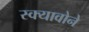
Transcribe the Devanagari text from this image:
स्क्यावोने